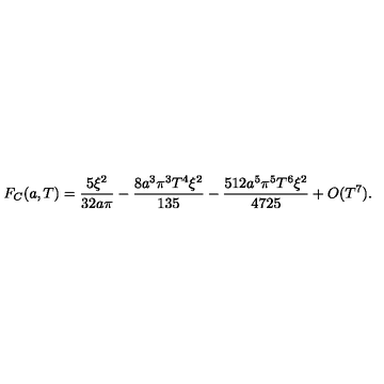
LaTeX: F _ { C } ( a , T ) = \frac { 5 \xi ^ { 2 } } { 3 2 a \pi } - \frac { 8 a ^ { 3 } \pi ^ { 3 } T ^ { 4 } \xi ^ { 2 } } { 1 3 5 } - \frac { 5 1 2 a ^ { 5 } \pi ^ { 5 } T ^ { 6 } \xi ^ { 2 } } { 4 7 2 5 } + O ( T ^ { 7 } ) .